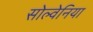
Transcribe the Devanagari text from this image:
सोल्वेनिया